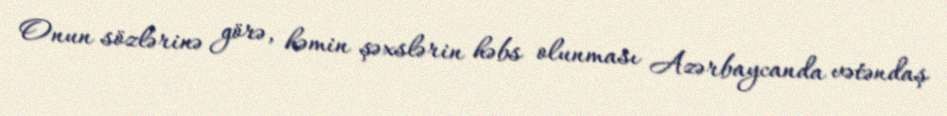
Onun sözlərinə görə, həmin şəxslərin həbs olunması Azərbaycanda vətəndaş